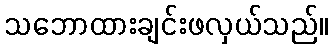
သဘောထားချင်းဖလှယ်သည်။